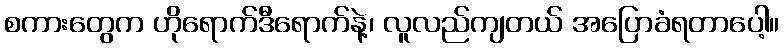
စကားတွေက ဟိုရောက်ဒီရောက်နဲ့၊ လူလည်ကျတယ် အပြောခံရတာပေါ့။